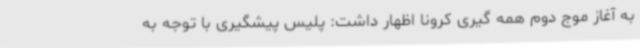
به آغاز موج دوم همه گیری کرونا اظهار داشت: پلیس پیشگیری با توجه به